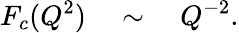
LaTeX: F_{c}(Q^{2})\quad\sim\quad Q^{-2}.